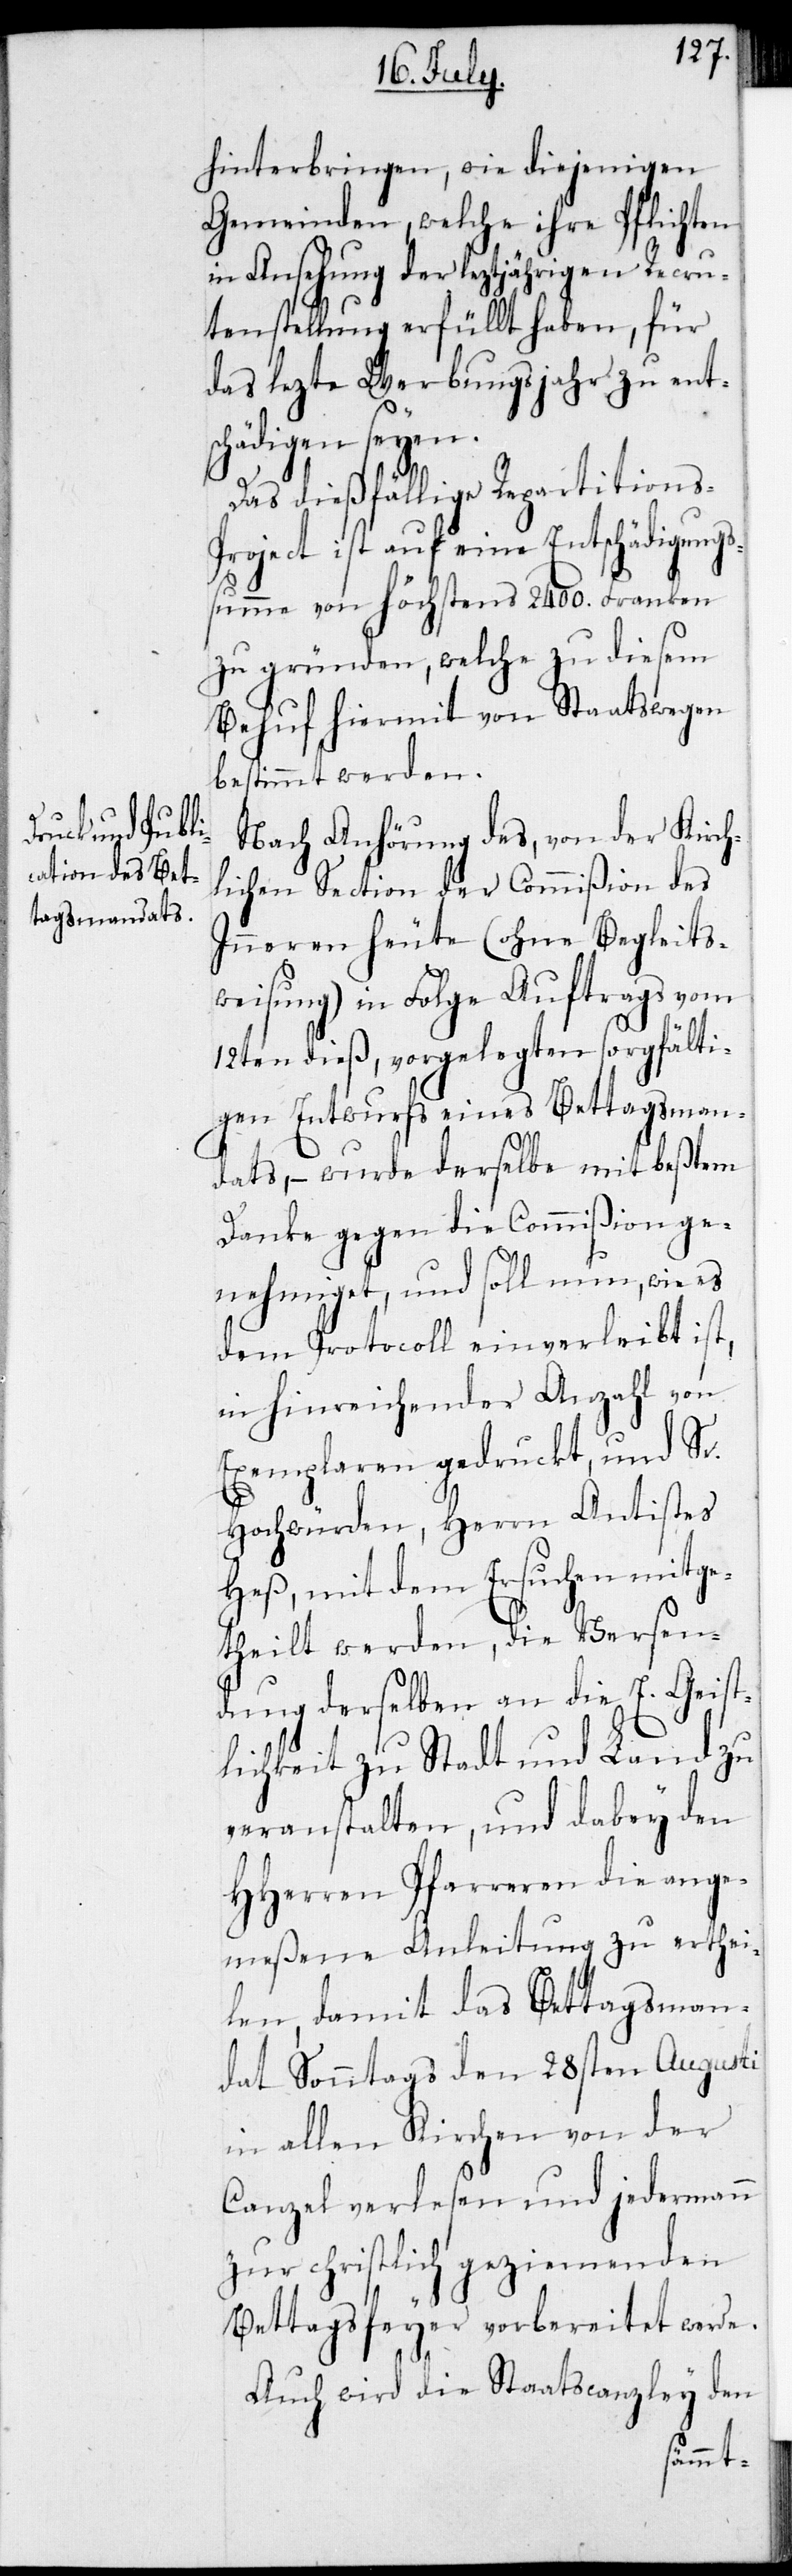
hinterbringen, wie diejenigen
Gemeinden, welche ihre Pflichten
in Ansehung der leztjährigen Recru¬
tenstellung erfüllt haben, für
das lezte Werbungsjahr zu ents¬
chädigen seyen.
Das dießfällige Repartitions-P¬
roject ist auf eine Entschädigungs¬
summe von höchstens 2400. Franken
zu gründen, welche zu diesem
Behuf hiermit von Staatswegen
bestimmt werden.
Nach Anhörung des, von der Kirch¬
lichen Section der Commißion des
Inneren heute (ohne Begleits¬
weisung) in Folge Auftrags vom
12ten dieß, vorgelegten sorgfälti¬
gen Entwurfs eines Bettagsman¬
dats, – wurde derselbe mit beßtem
Danke gegen die Commißion ge¬
nehmiget, und soll nun, wie es
dem Protocoll einverleibt ist,
in hinreichender Anzahl von
Exemplaren gedruckt, und Sr.
Hochwürden, Herr Antistes
Heß, mit dem Ersuchen mitge¬
theilt werden, die Versen¬
dung derselben an die E. Geist¬
lichkeit zu Stadt und Land zu
veranstalten, und dabey den
HHerren Pfarreren die ange¬
meßene Anleitung zu erthei¬
len, damit das Bettagsman¬
dat Sonntags den 28sten Augusti
in allen Kirchen von der
Canzel verlesen und jedermann
zur christlich geziemenden
Bettagsfeyer vorbereitet werde.
Auch wird die Staatscanzley den